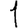
Digit: 1